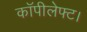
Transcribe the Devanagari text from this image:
कॉपीलेफ्ट।